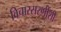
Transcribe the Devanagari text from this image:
विचारसरणींशी